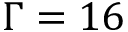
\Gamma = 1 6